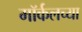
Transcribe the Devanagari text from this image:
मॉर्कलच्या